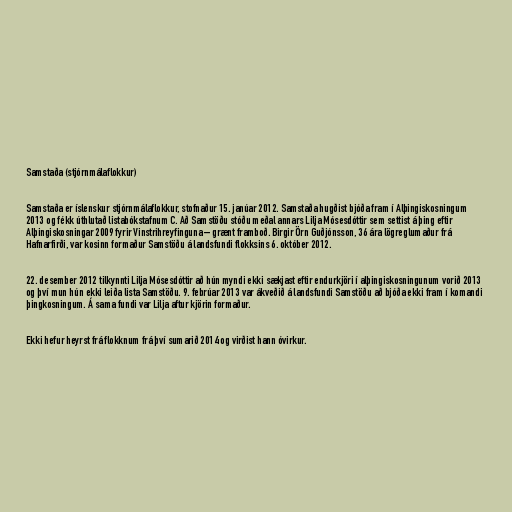
Samstaða (stjórnmálaflokkur)

Samstaða er íslenskur stjórnmálaflokkur, stofnaður 15. janúar 2012. Samstaða hugðist bjóða fram í Alþingiskosningum
2013 og fékk úthlutað listabókstafnum C. Að Samstöðu stóðu meðal annars Lilja Mósesdóttir sem settist á þing eftir
Alþingiskosningar 2009 fyrir Vinstrihreyfinguna – grænt framboð. Birgir Örn Guðjónsson, 36 ára lögreglumaður frá
Hafnarfirði, var kosinn formaður Samstöðu á landsfundi flokksins 6. október 2012.

22. desember 2012 tilkynnti Lilja Mósesdóttir að hún myndi ekki sækjast eftir endurkjöri í alþingiskosningunum vorið 2013
og því mun hún ekki leiða lista Samstöðu. 9. febrúar 2013 var ákveðið á landsfundi Samstöðu að bjóða ekki fram í komandi
þingkosningum. Á sama fundi var Lilja aftur kjörin formaður.

Ekki hefur heyrst frá flokknum frá því sumarið 2014 og virðist hann óvirkur.